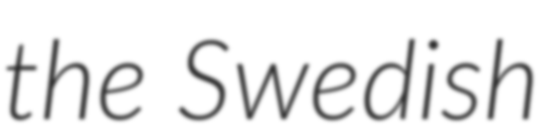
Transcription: the Swedish